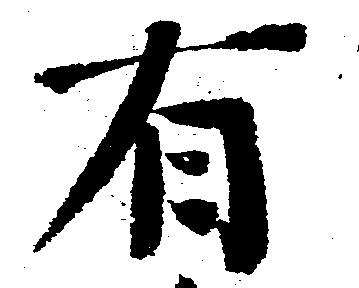
有